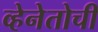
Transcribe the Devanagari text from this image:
व्हेनेतोची